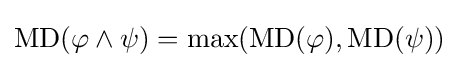
\operatorname {MD} (\varphi \wedge \psi )=\max(\operatorname {MD} (\varphi ),\operatorname {MD} (\psi ))